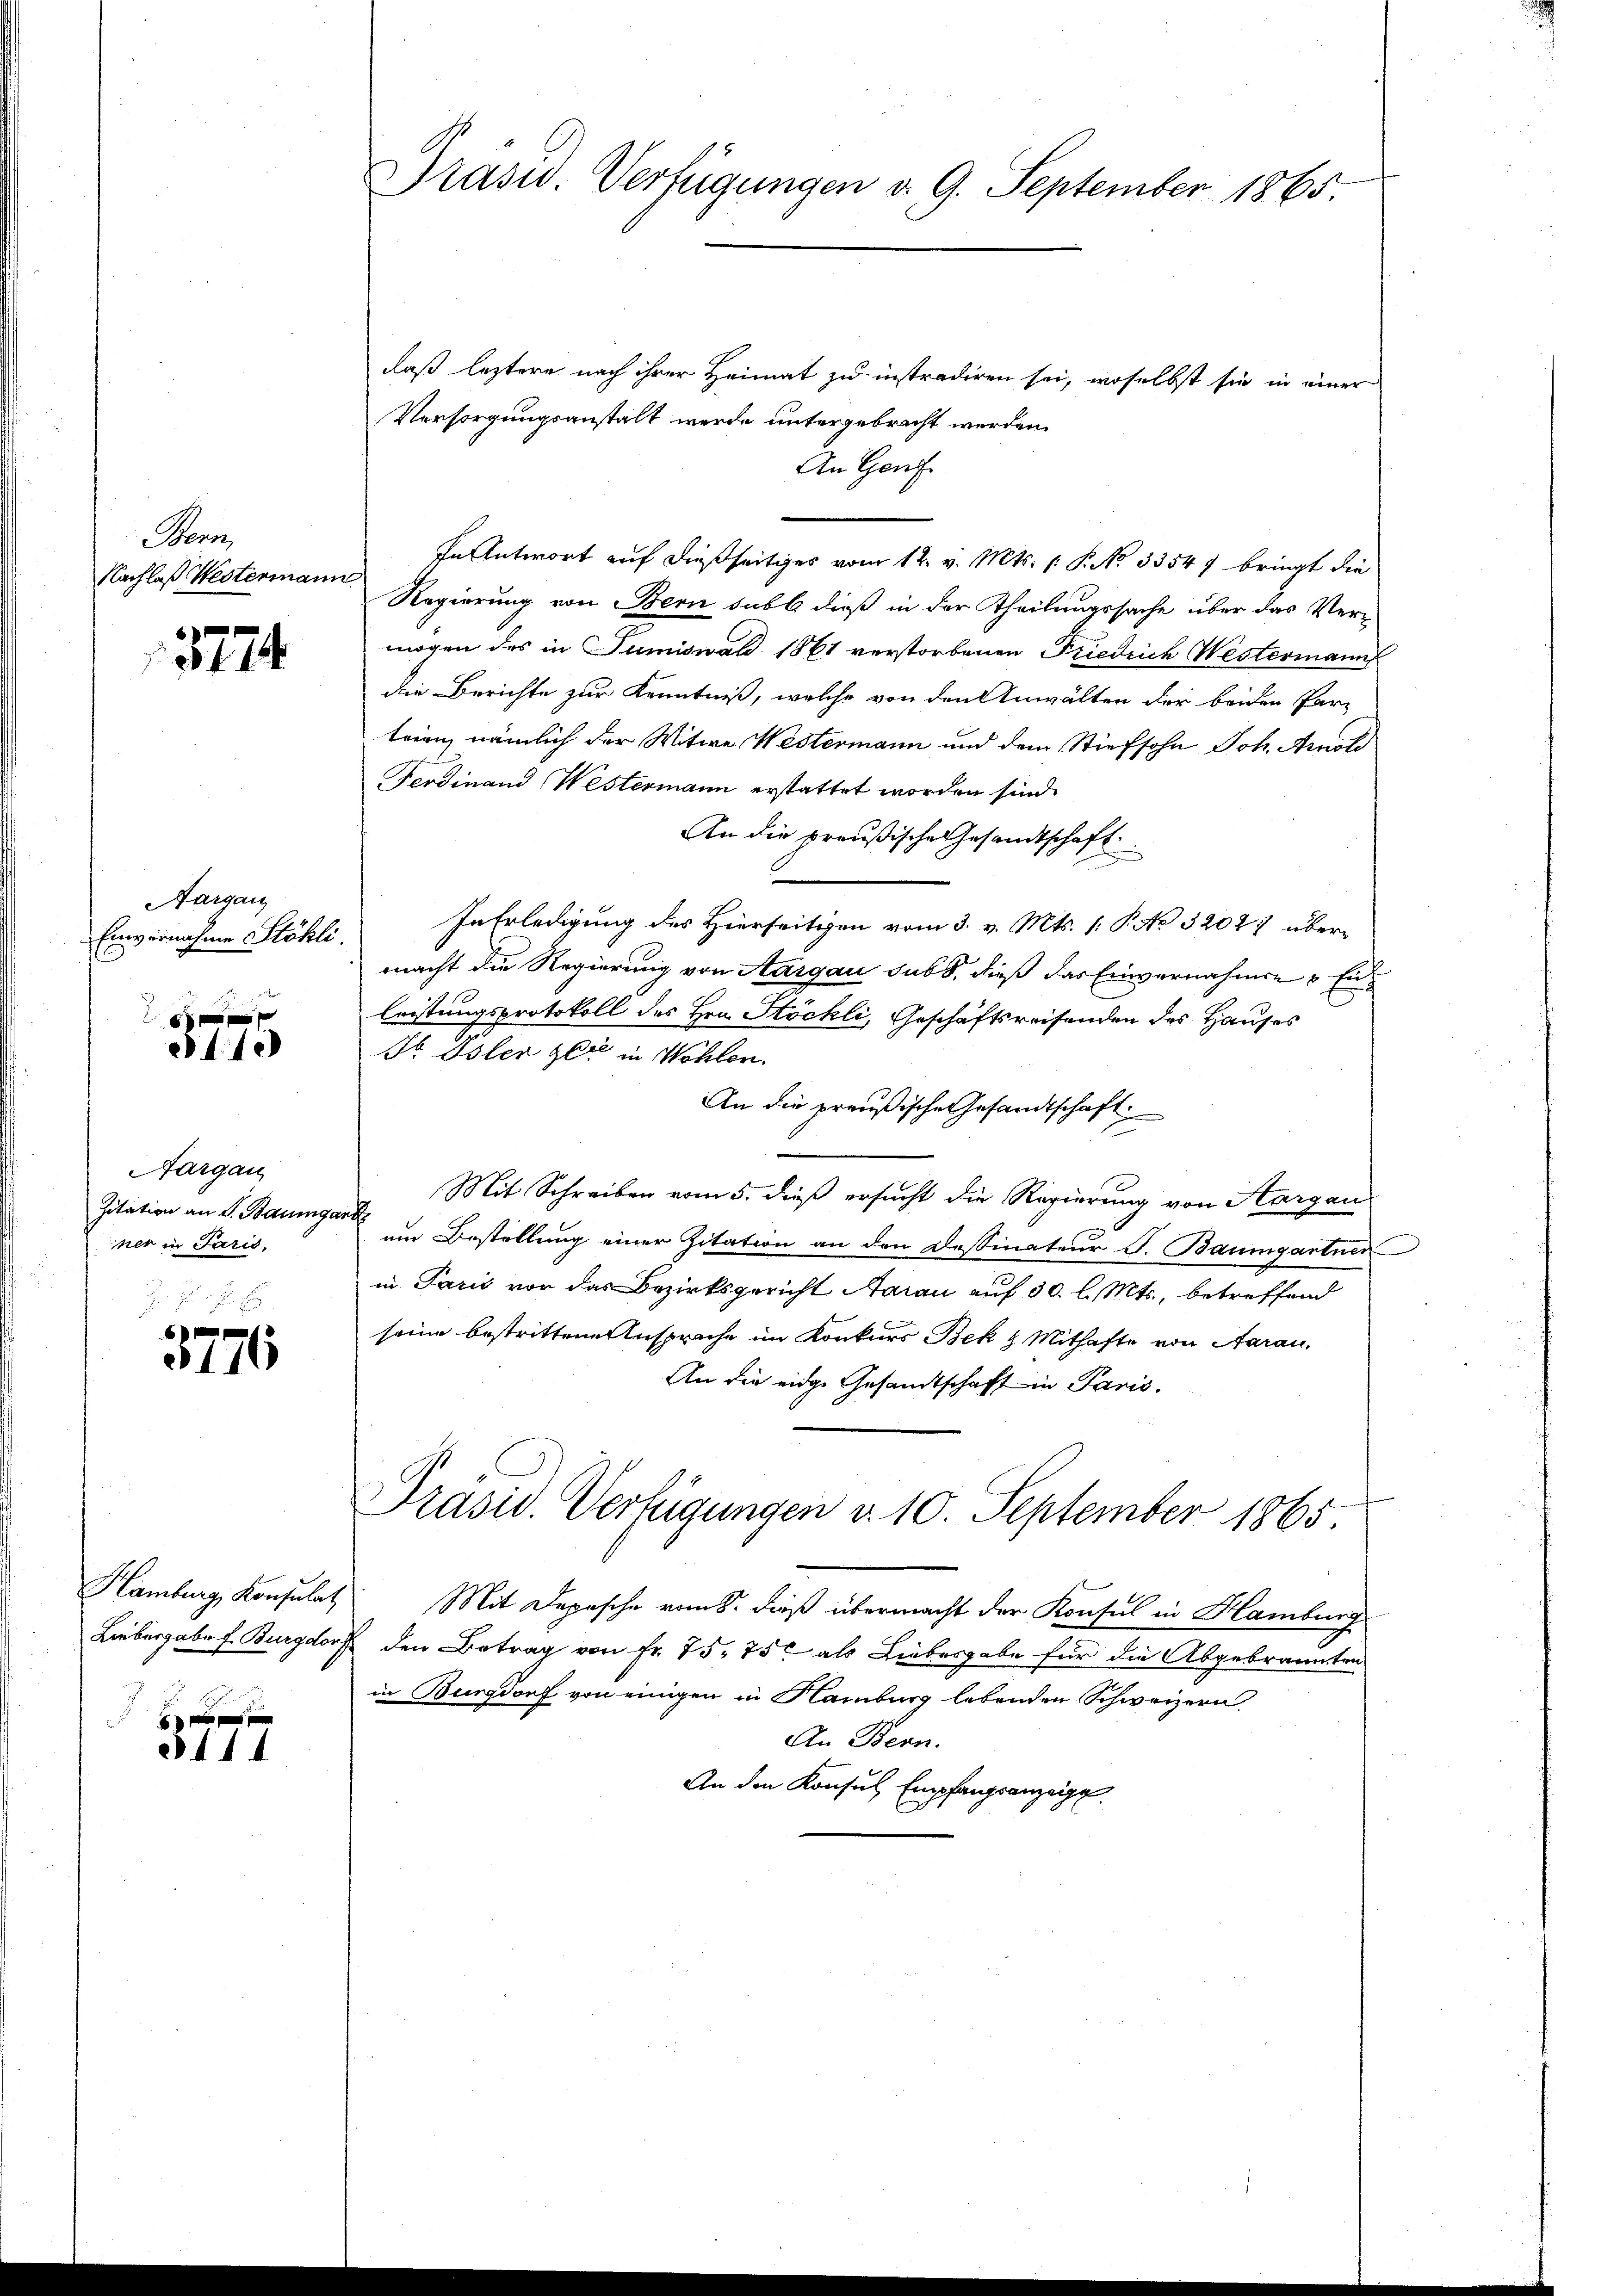
Baron
Nachlaß Westermann

3774

Aargau
Einvernahme Stökli.

G
21.10

Aargau
Zitation an S. Baumgar
ner in Paris,

e
416

444

u Präsid. Verfügungen d. 9. September 1865.

daß leztere nach ihrer Heimat zu instradiren sei, woselbst sie in einer
Versorgungsanstalt werde untergebracht werden.
An Genf
In Antwort auf dießseitiges vom 12. v. Mts. (: P. No 33547 bringt die
Regierung von Bern subb dieß in der Theilungssache über das Vermögen des in Sumiswald 1861 verstorbenen Friedrich Westermann
die Berichte zur Kenntniß, welche von den Anwalten der beiden Parz
trion, nämlich der Witwe Westermann und dem Stiefsohn Joh. Arnol
Ferdinand Westermann erstattet worden sind.
An die preußische Gesandtschaft
In Erledigung des Hierseitigen vom 3. v. Mts. (: P. Nr. 32027 übermacht die Regierung von Aargau sub b. dieß das Einvernahmen & Enleistungsprotokoll des Hrn. Stöckli, Geschäftsreisenden des Hauses
Dr. Oster der in Wohlen.
An die preußische Gesandtschaft
Mit Schreiben vom 5. dieß ersucht die Regierung von Aargau
.
um Bestellung einer Zitation an den Dessinateur J. Baumgartner
in Paris vor das Bezirksgericht Aarau auf 30 l. Mts., betreffend
seine bestrittene Ansprache im Konkurs Bek & Mithafte von Aarau
An die eidge Gesandtschaft in Paris.
Präsid. Verfügungen d. 10. September 1865

Hamburg, Konsulat: Mit Depesche vom 8. dieß übermacht der Konsul in Hamburg
Liebergabe f. Burgdorf den Betrag von Fr. 75. 750 als Liebesgabe für die Abgebräumten
in Burgdorf von einigen in Namburg lebenden Schweizern.
An Bern.
An den Konsul Empfangsanzeige